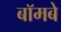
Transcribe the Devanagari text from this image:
बॉमबे